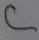
Text: C